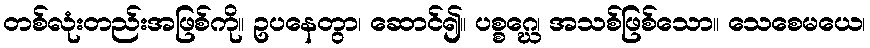
တစ်လုံးတည်းအဖြစ်ကို။ ဥပနေတွာ၊ ဆောင်၍။ ပစ္စဂ္ဃေ၊ အသစ်ဖြစ်သော။ သေစေမယေ၊